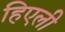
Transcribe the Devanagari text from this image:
हिएली